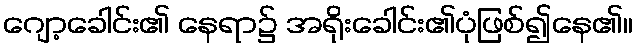
ဂျော့ခေါင်း၏ နေရာ၌ အရိုးခေါင်း၏ပုံဖြစ်၍နေ၏။